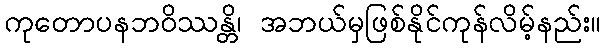
ကုတောပနဘဝိဿန္တိ၊ အဘယ်မှဖြစ်နိုင်ကုန်လိမ့်နည်း။